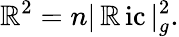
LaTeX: \mathbb{R}^{2}=n|\operatorname{\mathbb{R}ic}|_{g}^{2}.